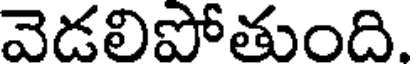
వెడలిపోతుంది.